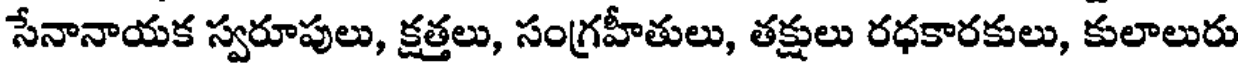
సేనానాయక స్వరూపులు, క్షత్తలు, సంగ్రహీతులు, తక్షులు రధకారకులు, కులాలురు